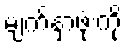
မျက်နှာဖုံးကို